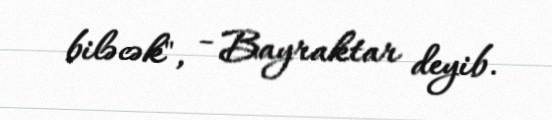
biləcək", - Bayraktar deyib.